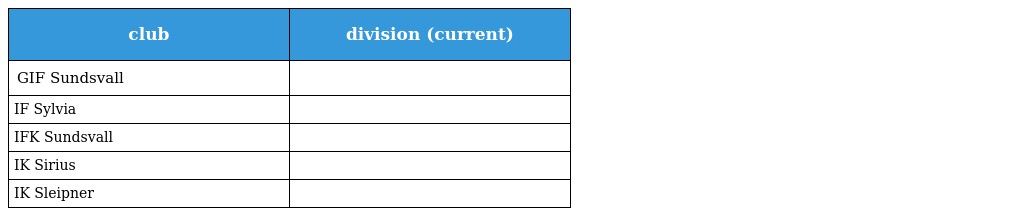
| club | division (current) |
 | --- | --- |
 | GIF Sundsvall |  |
 | IF Sylvia |  |
 | IFK Sundsvall |  |
 | IK Sirius |  |
 | IK Sleipner |  |